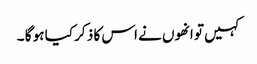
کہیں تو انھوں نے اس کا ذ کر کیا ہو گا ۔